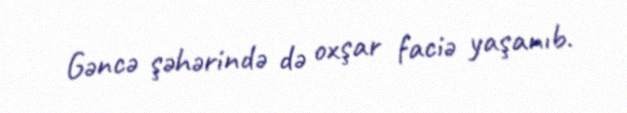
Gəncə şəhərində də oxşar faciə yaşanıb.